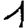
Digit: 1